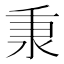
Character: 𬼌